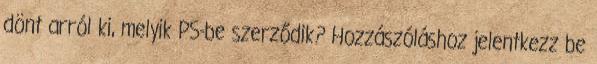
dönt arról ki, melyik PS-be szerződik? Hozzászóláshoz jelentkezz be